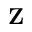
\mathbf { Z }